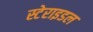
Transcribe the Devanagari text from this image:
स्टेराइडल